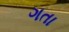
ગતા